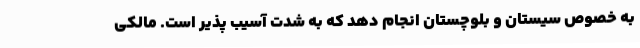
به خصوص سیستان و بلوچستان انجام دهد که به شدت آسیب پذیر است. مالکی